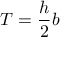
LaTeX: T = { \frac { h } { 2 } } b